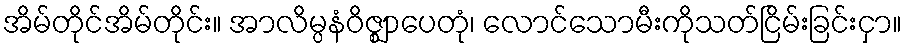
အိမ်တိုင်အိမ်တိုင်း။ အာလိမ္ပနံဝိဇ္ဈာပေတုံ၊ လောင်သောမီးကိုသတ်ငြိမ်းခြင်းငှာ။